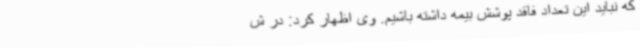
که نباید این تعداد فاقد پوشش بیمه داشته باشیم. وی اظهار کرد: در ش